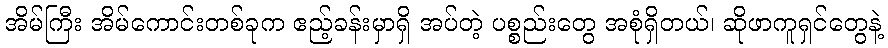
အိမ်ကြီး အိမ်ကောင်းတစ်ခုက ဧည့်ခန်းမှာရှိ အပ်တဲ့ ပစ္စည်းတွေ အစုံရှိတယ်၊ ဆိုဖာကူရှင်တွေနဲ့